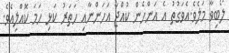
ލޯބިވާ މަލެވެ.އެވަގުތު އެ އަންހެން ކުއްޖާ އަހަންނާއި ހަތަރު ކަޅި ހަމަ ކޮއްލިއެވެ.